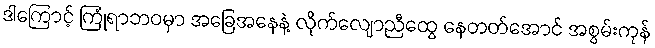
ဒါကြောင့် ကြုံရာဘဝမှာ အခြေအနေနဲ့ လိုက်လျောညီထွေ နေတတ်အောင် အစွမ်းကုန်